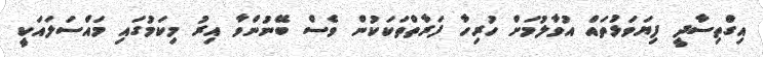
އިގްތިސާދީ ފިޔަވަޅުތައް އުވާލުމަށް ހުރިހާ ފަރާތްތަކަކުން ވެސް ބޭނުންވާ އިރު މިކަމުގައި މައްސަލައަކީ